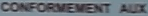
CONFORMEMENT AUX